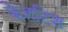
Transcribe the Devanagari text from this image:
केहटिश